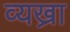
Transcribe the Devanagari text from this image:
व्यख्रा